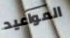
المواعيد